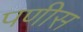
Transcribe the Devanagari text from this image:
पणीस